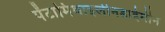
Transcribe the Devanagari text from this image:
पेंटामिथाइलीनडाईमीन